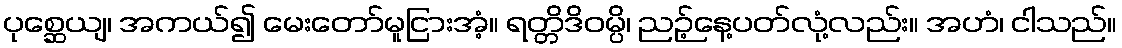
ပုစ္ဆေယျ၊ အကယ်၍ မေးတော်မူငြားအံ့။ ရတ္တိဒိဝမ္ပိ၊ ညဉ့်နေ့ပတ်လုံ့လည်း။ အဟံ၊ ငါသည်။